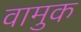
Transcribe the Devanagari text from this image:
वामुक